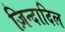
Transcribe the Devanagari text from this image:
ज़िन्दादिल